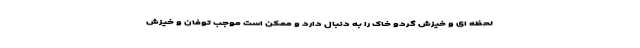
لحظه ای و خیزش گردو خاک را به دنبال دارد و ممکن است موجب توفان و خیزش